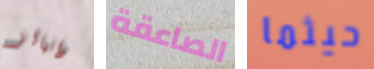
دانيالز الصاعقة حيثما